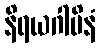
နိရယဂါမိနံ